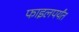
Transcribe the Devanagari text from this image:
फाइलपर्यंत